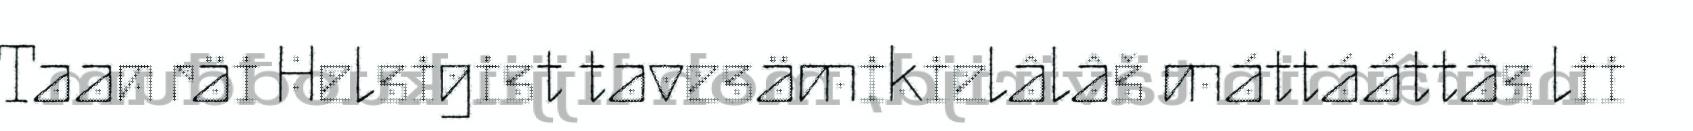
Taan räi Helsigist tavesämikielâlâš máttááttâs lii